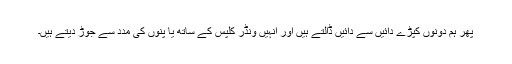
پھر ہم دونوں کپڑے دائیں سے دائیں ڈالتے ہیں اور انہیں ونڈر کلپس کے ساتھ یا پنوں کی مدد سے جوڑ دیتے ہیں۔